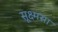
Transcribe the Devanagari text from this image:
सूक्ष्मसा